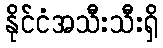
နိုင်ငံအသီးသီးရှိ